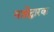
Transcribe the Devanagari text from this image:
यज्ञोद्धारक